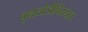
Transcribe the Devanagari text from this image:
वृक्षतोडीविरुद्ध